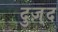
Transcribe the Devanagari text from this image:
दुज़्द